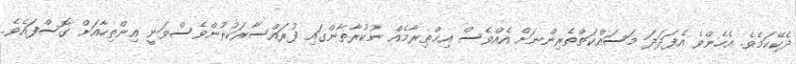
ދެކޭކަމެވެ. އެހެންވެ އެފަދަދަ މަސައްކަތްތެރިންނަށް އެއްވެސް އިޙްތިރާމެއް ނުކުރާތާންގައި ފުރައްސާރަކުރުންވެސްވަނީ އިންތިހާއަށް ގޮސްފައެވެ.